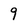
Character: 9